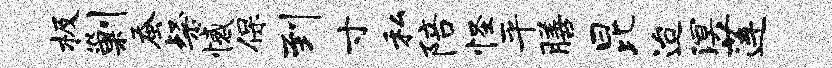
极剿蚕粲憾保到寸私陪怪平膳昆迨溟莲